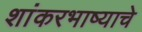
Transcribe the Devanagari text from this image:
शांकरभाष्याचे